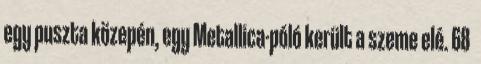
egy puszta közepén, egy Metallica-póló került a szeme elé. 68